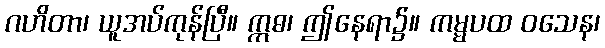
ဂဟိတာ၊ ယူအပ်ကုန်ပြီ။ ဣဓ၊ ဤနေရာ၌။ ကမ္မပထ ဝသေန၊